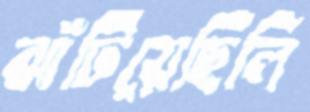
ঝাঁটিয়েছিলি